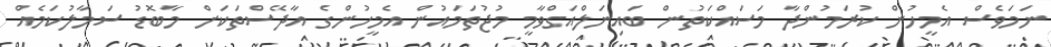
ނަމަވެސް އެމީހުން ކުރަމުންދާ މަސައްކަތުން ބައިނަލްއަގްވާމީ މުޖުތަމައުން އެމީހުންގެ އާދޭސްތަކަށް މާބޮޑު ސަމާލުކަމެއް